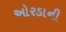
ઓરડાની